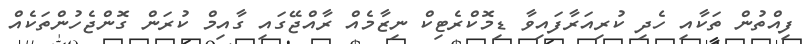
ފިއްތުން ތަކާއި ހެދި ކުރިއަރާފައިވާ ޑިމޮކްރެޓިކް ނިޒާމެއް ރާއްޖޭގައި ގާއިމް ކުރަން ގޮންޖެހުންތަކެއް